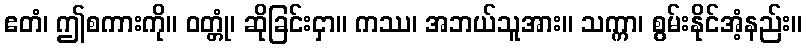
ဧတံ၊ ဤစကားကို။ ဝတ္တုံ၊ ဆိုခြင်းငှာ။ ကဿ၊ အဘယ်သူအား။ သက္ကာ၊ စွမ်းနိုင်အံ့နည်း။